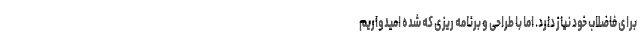
برای فاضلاب خود نیاز دارد. اما با طراحی و برنامه ریزی که شده امیدواریم